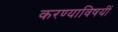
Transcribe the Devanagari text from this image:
करण्याविषयीं